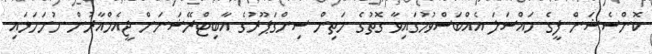
ކޮންސެޝަން ފީގެ މައްސަލަ އެއްބަސްވުމުގައިވާ ގޮތުގެ މަތިން ސިންގަޕޫރުގެ އާބިޓްރޭޝަނަށް ޖީއެމްއާރުން ހުށަހަޅައި